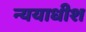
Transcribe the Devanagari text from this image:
न्ययाधीश